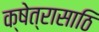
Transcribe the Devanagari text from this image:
क्षेत्रासाठि